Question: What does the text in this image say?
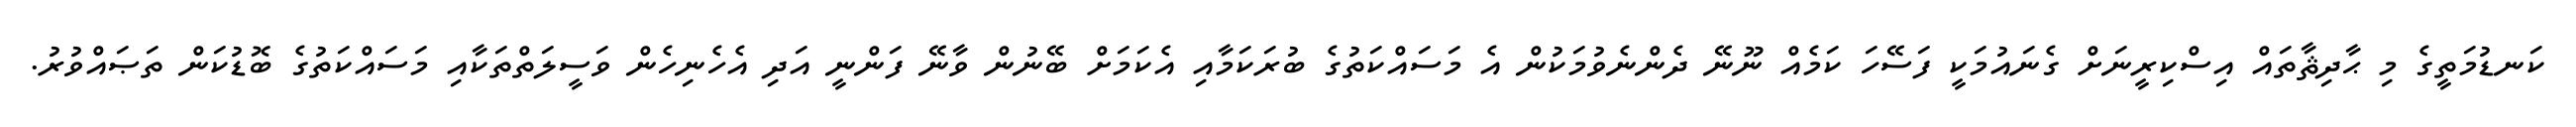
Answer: ކަނޑުމަތީގެ މި ޙާދިޘާތައް އިސްކިރީނަށް ގެނައުމަކީ ފަސޭހަ ކަމެއް ނޫނޭ ދެންނެވުމަކުން އެ މަސައްކަތުގެ ބުރަކަމާއި އެކަމަށް ބޭނުން ވާނޭ ފަންނީ އަދި އެހެނިހެން ވަސީލަތްތަކާއި މަސައްކަތުގެ ބޮޑުކަން ތަޞައްވުރު.